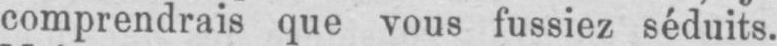
comprendrais que vous fussiez séduits.